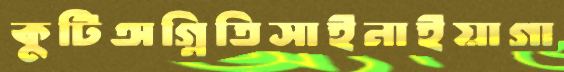
কুটিঅগ্নিতিসাইনাইয়াগা